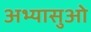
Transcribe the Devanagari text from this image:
अभ्यासुओ